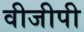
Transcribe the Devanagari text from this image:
वीजीपी